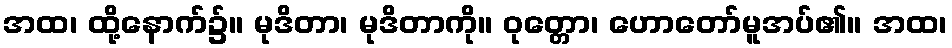
အထ၊ ထို့နောက်၌။ မုဒိတာ၊ မုဒိတာကို။ ဝုတ္တော၊ ဟောတော်မူအပ်၏။ အထ၊